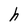
Character: h